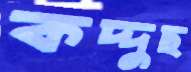
কদ্দুছ